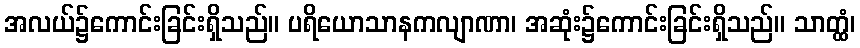
အလယ်၌ကောင်းခြင်းရှိသည်။ ပရိယောသာနကလျာဏာ၊ အဆုံး၌ကောင်းခြင်းရှိသည်။ သာတ္ထံ၊